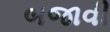
બજાવી